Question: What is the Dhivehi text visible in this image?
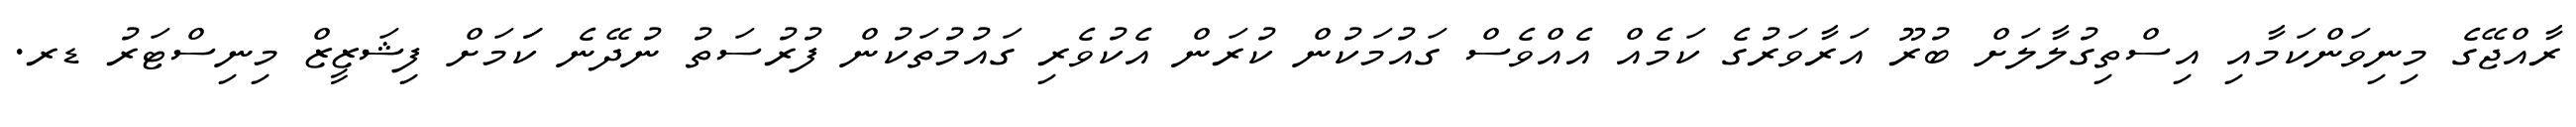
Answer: ރާއްޖޭގެ މިނިވަންކަމާއި އިސްތިގުލާލަށް ބުރޫ އަރާވަރުގެ ކަމެއް އެއްވެސް ގައުމަކުން ކުރަން އެކުވެރި ގައުމުތަކުން ފުރުސަތު ނުދޭނެ ކަަމަށް ފިޝަޒީޒް މިނިސްޓަރު ޑރ.